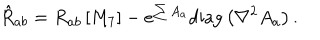
{ \hat { R } _ { a b } = R _ { a b } \left[ M _ { 7 } \right] - e ^ { \sum A _ { a } } \textrm { d i a g } \left( \nabla ^ { 2 } A _ { a } \right) . }